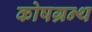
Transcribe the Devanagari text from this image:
कोषग्रन्थ